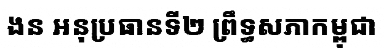
ងន អនុប្រធានទី២ ព្រឹទ្ធសភាកម្ពុជា